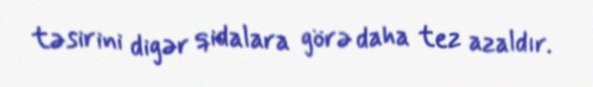
təsirini digər qidalara görə daha tez azaldır.